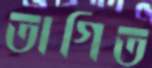
তাগিত